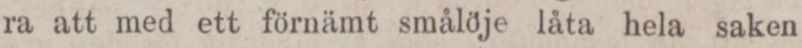
ra att med ett förnämt smålöje låta hela saken